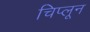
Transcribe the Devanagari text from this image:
चिप्लून